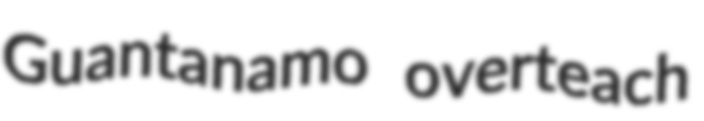
Guantanamo overteach